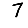
Digit: 7